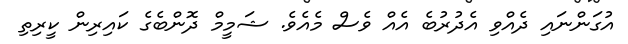
އުގަންނައި ދެއްވި އެދުރުބެ އެއް ވެސް މެއެވެ. ޝަމީމް ދޮންބެގެ ކައިރިން ކީރިތި